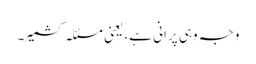
وجہ وہی پرانی ہے، یعنی مسئلہ کشمیر۔